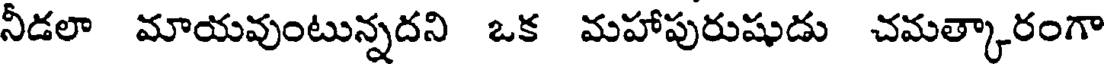
నీడలా మాయవుంటున్నదని ఒక మహాపురుషుడు చమత్కారంగా